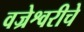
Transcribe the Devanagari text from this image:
वज्रेश्वरीचे